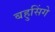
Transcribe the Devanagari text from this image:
बहुसिंगे